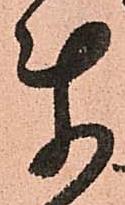
ま